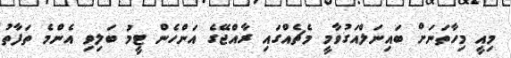
މިއީ މިހާތަނަށް ބައިނަލްއަގުވާމީ މެޗެއްގައި ރާއްޖޭގެ އަންހެން ޓީމު ބަލިވި އެންމެ ތަފާތު